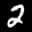
Label: 2